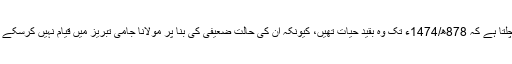
[4] آپ کی والدہ کا اسم گرامی معلوم نہیں ہو سکا مگر اِتنا پتہ چلتا ہے کہ 878ھ/1474ء تک وہ بقیدِ حیات تھیں، کیونکہ اُن کی حالت ضعیفی کی بنا پر مولانا جامی تبریز میں قیام نہیں کرسکے تھے اور واپس 878ھ مطابق 1474ء میں ہرات آ گئے تھے۔